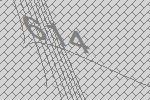
614